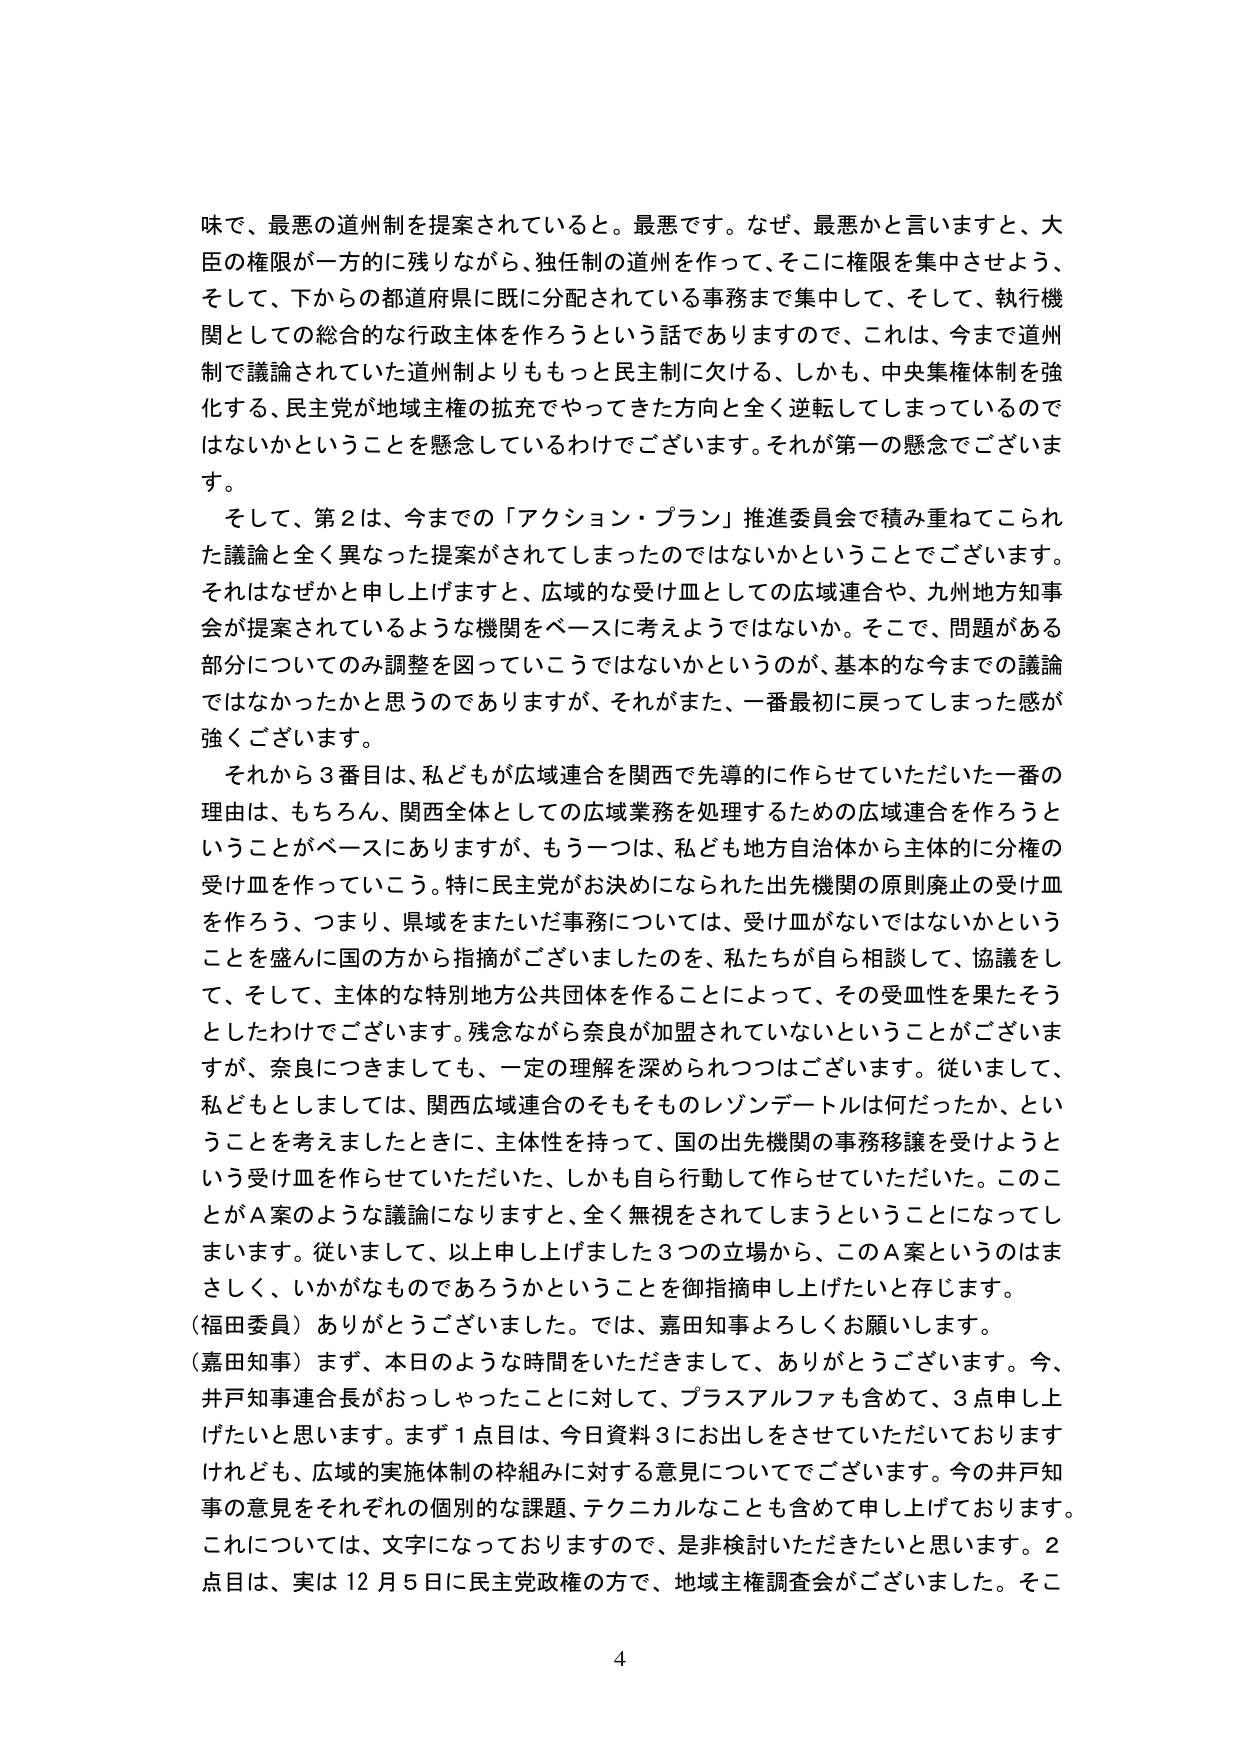
味で、最悪の道州制を提案されていると。最悪です。なぜ、最悪かと言いますと、大臣の権限が一方的に残りながら、独任制の道州を作って、そこに権限を集中させよう、そして、下からの都道府県に既に分配されている事務まで集中して、そして、執行機関としての総合的な行政主体を作ろうという話でありますので、これは、今まで道州制で議論されていた道州制よりももっと民主制に欠ける、しかも、中央集権体制を強化する、民主党が地域主権の拡充でやってきた方向と全く逆転してしまっているのではないかということを懸念しているわけでございます。それが第一の懸念でございます。

そして、第2は、今までの「アクション・プラン」推進委員会で積み重ねてこられた議論と全く異なった提案がされてしまったのではないかということでございます。それはなぜかと申し上げますと、広域的な受け皿としての広域連合や、九州地方知事会が提案されているような機関をベースに考えようではないか。そこで、問題がある部分についてのみ調整を図っていこうではないかというのが、基本的な今までの議論ではなかったかと思うのでありますが、それがまた、一番最初に戻ってしまった感が強くございます。

それから3番目は、私どもが広域連合を関西で先導的に作らせていただいた一番の理由は、もちろん、関西全体としての広域業務を処理するための広域連合を作ろうということがベースにありますが、もう一つは、私ども地方自治体から主体的に分権の受け皿を作っていく。特に民主党がお決めになられた出先機関の原則廃止の受け皿を作ろう、つまり、県域をまたいだ事務については、受け皿がないではないかということを盛んに国の方から指摘がございましたのを、私たちが自ら相談して、協議をして、そして、主体的な特別地方公共団体を作ることによって、その受皿性を果たそうとしたわけでございます。残念ながら奈良が加盟されていないということがございますが、奈良につきましても、一定の理解を深められつつはございます。従いまして、私どもとしましては、関西広域連合のそもそものレゾンデートルは何だったか、ということを考えましたときに、主体性を持って、国の出先機関の事務移譲を受けようという受け皿を作らせていただいた、しかも自ら行動して作らせていただいた。このことがA案のような議論になりますと、全く無視されてしまうということになってしまいます。従いまして、以上申し上げました3つの立場から、このA案というのはまさしく、いかがなものであろうかということを御指摘申し上げたいと存じます。

（福田委員）ありがとうございました。では、嘉田知事よろしくお願いします。

（嘉田知事）まず、本日のような時間をいただきまして、ありがとうございます。今、井戸知事連合長がおっしゃったことに対して、プラスアルファも含めて、3点申し上げたいと思います。まず1点目は、今日資料3にお出しをさせていただいておりますけれども、広域的実施体制の枠組みに対する意見についてでございます。今の井戸知事の意見をそれぞれの個別的な課題、テクニカルなことも含めて申し上げております。これについては、文字になっておりますので、是非検討いただきたいと思います。2点目は、実は12月5日に民主党政権の方で、地域主権調査会がございました。そこ

4